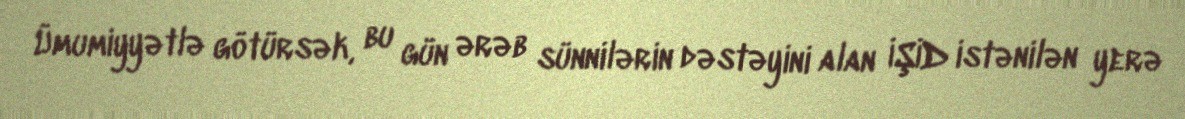
Ümumiyyətlə götürsək, bu gün ərəb sünnilərin dəstəyini alan İŞİD istənilən yerə